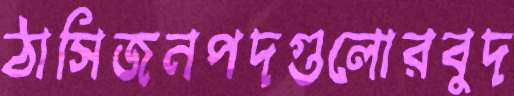
ঠাসিজনপদগুলোরবুদ